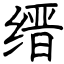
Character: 缙